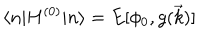
\langle n | H ^ { ( 0 ) } | n \rangle = E [ \phi _ { 0 } , g ( \vec { k } ) ]